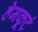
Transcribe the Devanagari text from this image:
हेमकूटं